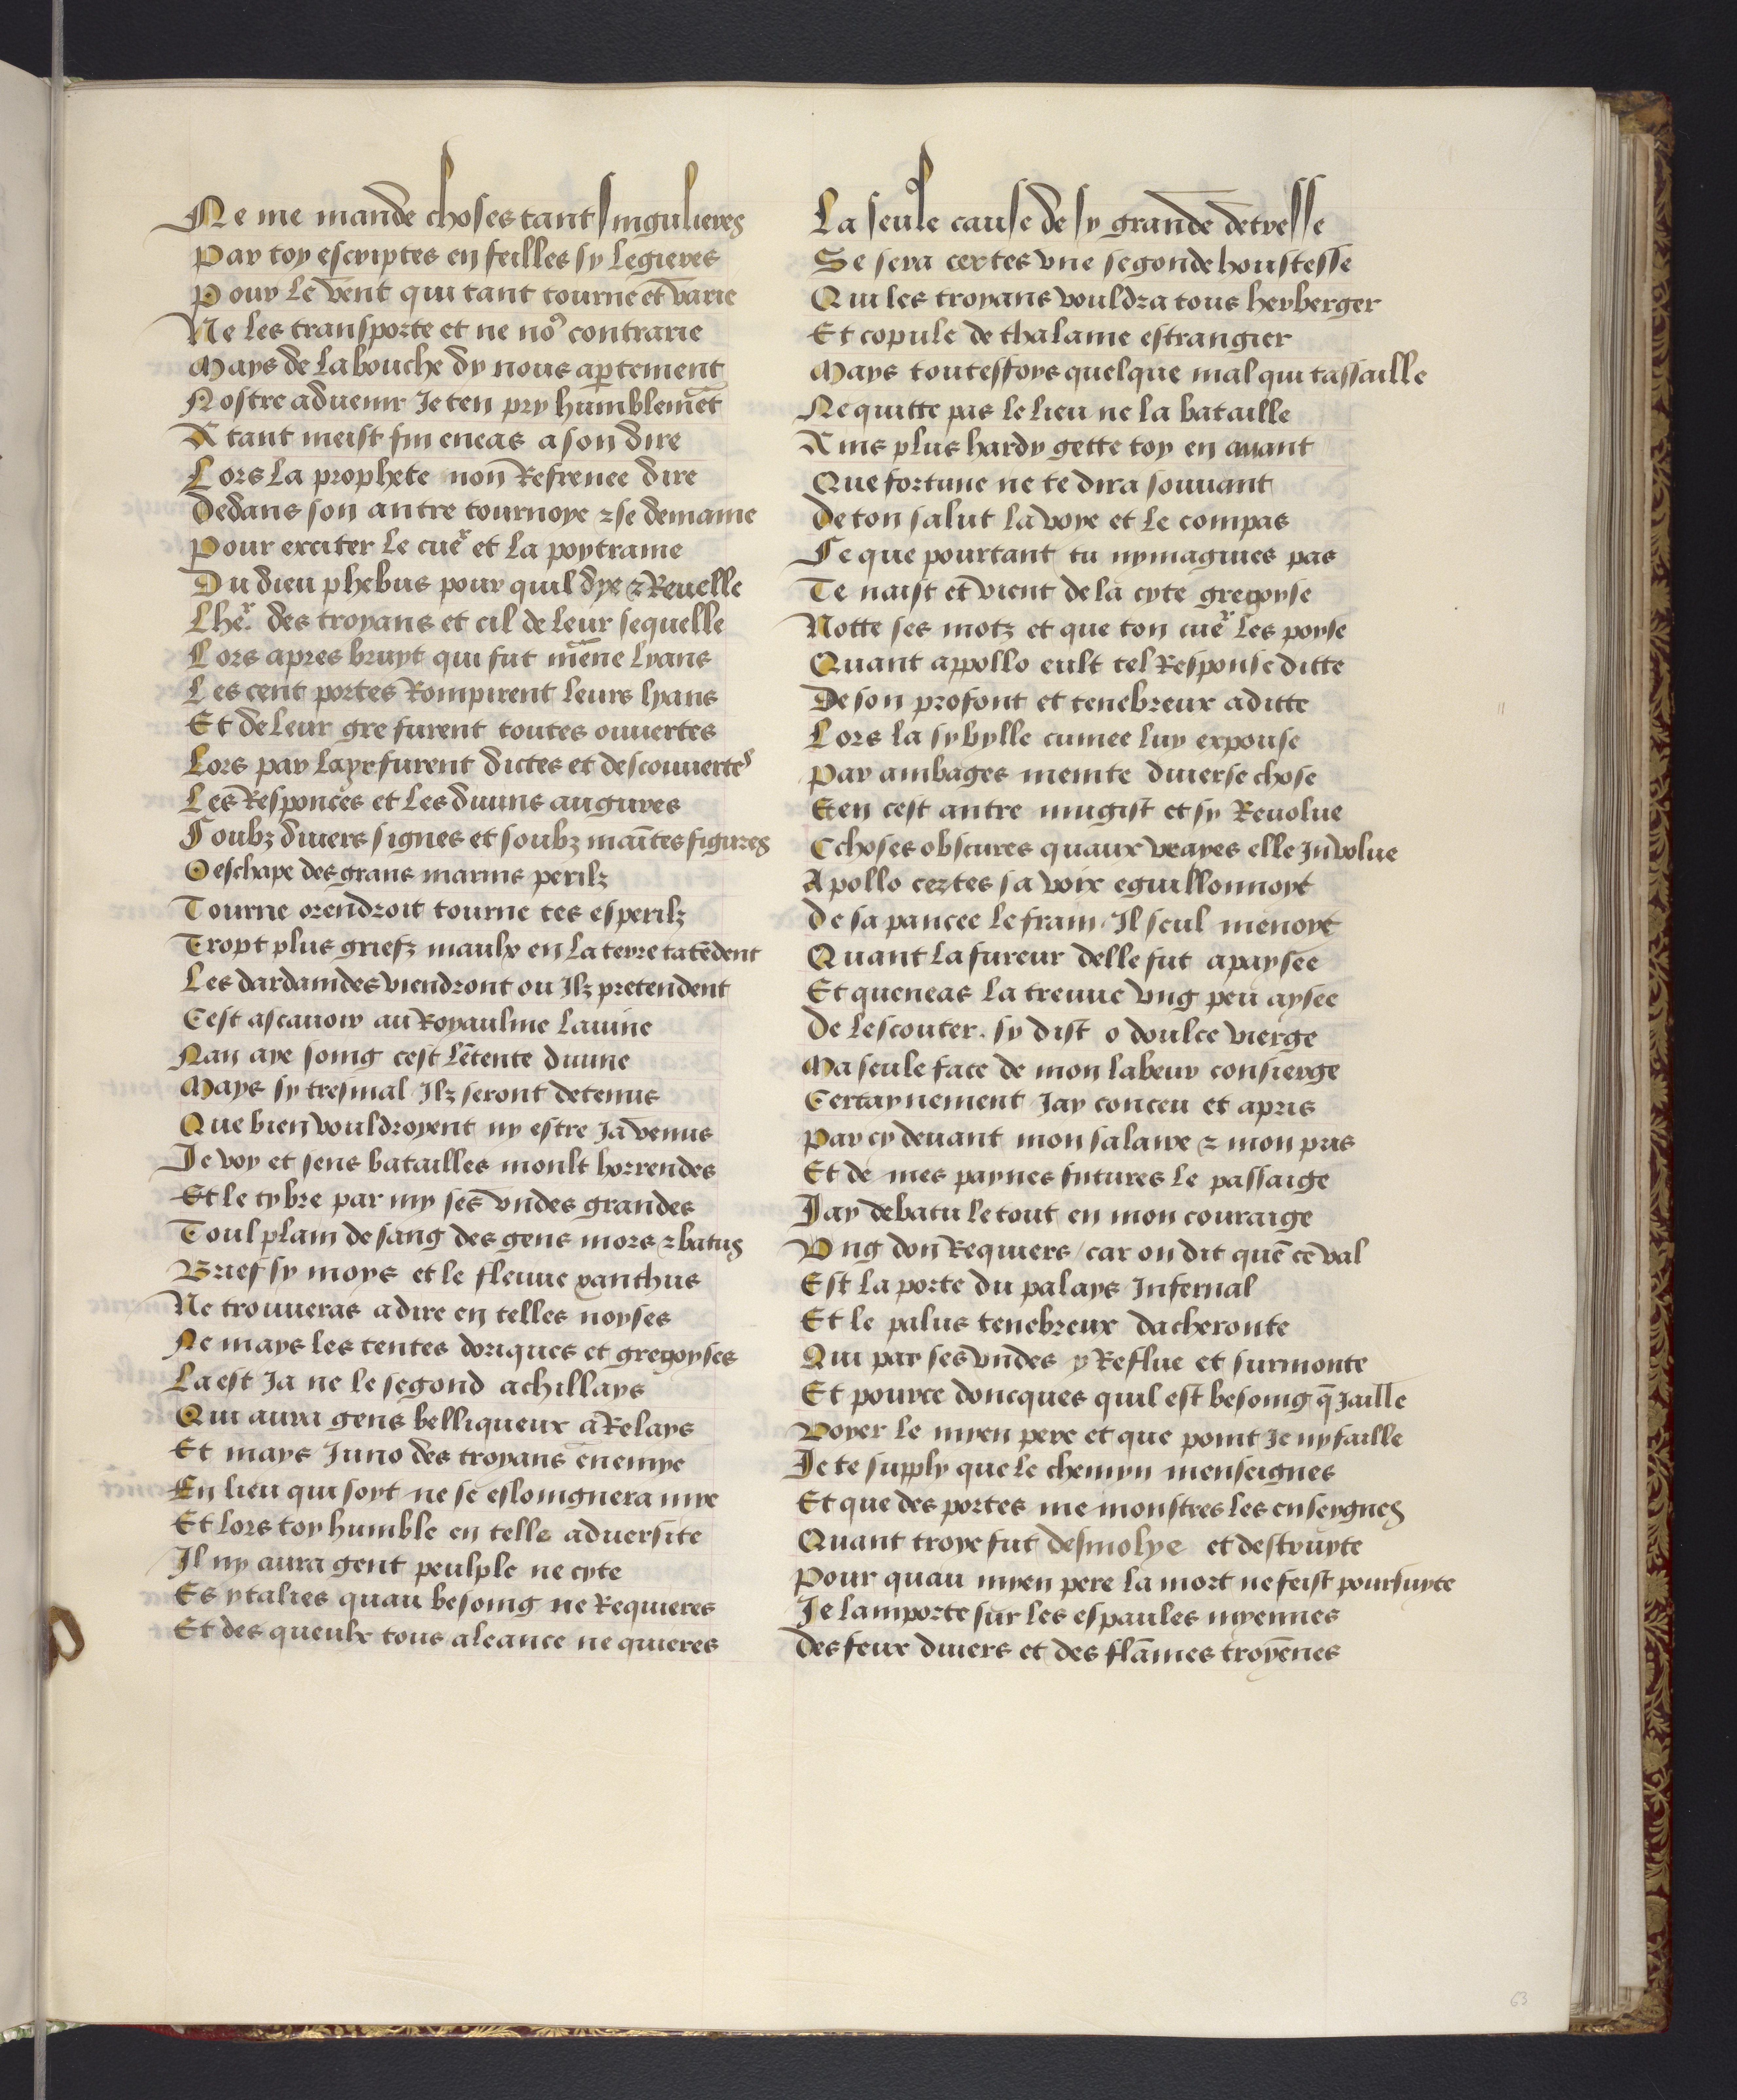
Shelfmark: Philadelphia, University of Pennsylvania, codex 909
Century: 15